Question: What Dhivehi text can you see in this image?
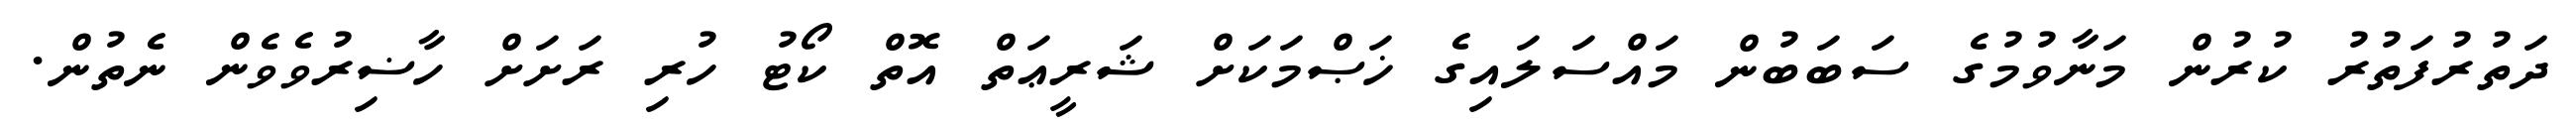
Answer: ދަތުރުފަތުރު ކުރުން މަނާވުމުގެ ސަބަބުން މައްސަލައިގެ ޚަޞްމަކަށް ޝަރީޢަތް އޮތް ކޯޓު ހުރި ރަށަށް ހާޟިރުވެވެން ނެތުން.